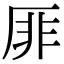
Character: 厞